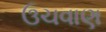
ઉચવાણ